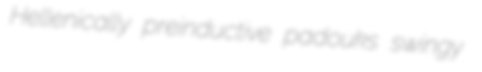
Hellenically preinductive padouks swingy